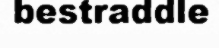
bestraddle